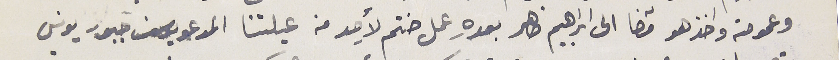
وعمومته واخذ هو قضا الى ابراهيم ضاهر بعدهِ عمل ختم لأحد من عيلتنا المدعو يوسف جبور يونس